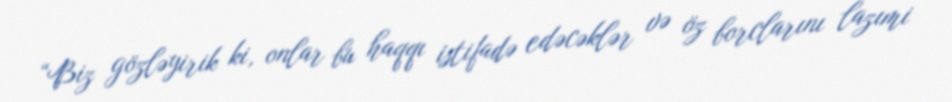
“Biz gözləyirik ki, onlar bu haqqı istifadə edəcəklər və öz borclarını lazımi